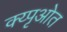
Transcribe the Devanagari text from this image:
क्य्पृओत